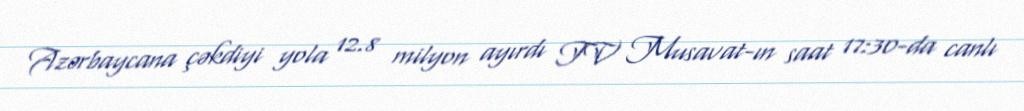
Azərbaycana çəkdiyi yola 12.8 milyon ayırdı TV Musavat-ın saat 17:30-da canlı